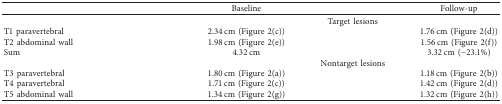
<table><thead><tr><td><b> </b></td><td><b>Baseline</b></td><td><b>Follow-up</b></td></tr></thead><tbody><tr><td> </td><td colspan="2">Target lesions</td></tr><tr><td>T1 paravertebral</td><td>2.34 cm (Figure 2(c))</td><td>1.76 cm (Figure 2(d))</td></tr><tr><td>T2 abdominal wall</td><td>1.98 cm (Figure 2(e))</td><td>1.56 cm (Figure 2(f))</td></tr><tr><td>Sum</td><td>4.32 cm</td><td>3.32 cm (−23.1%)</td></tr><tr><td> </td><td colspan="2">Nontarget lesions</td></tr><tr><td>T3 paravertebral</td><td>1.80 cm (Figure 2(a))</td><td>1.18 cm (Figure 2(b))</td></tr><tr><td>T4 paravertebral</td><td>1.71 cm (Figure 2(c))</td><td>1.42 cm (Figure 2(d))</td></tr><tr><td>T5 abdominal wall</td><td>1.34 cm (Figure 2(g))</td><td>1.32 cm (Figure 2(h))</td></tr></tbody></table>